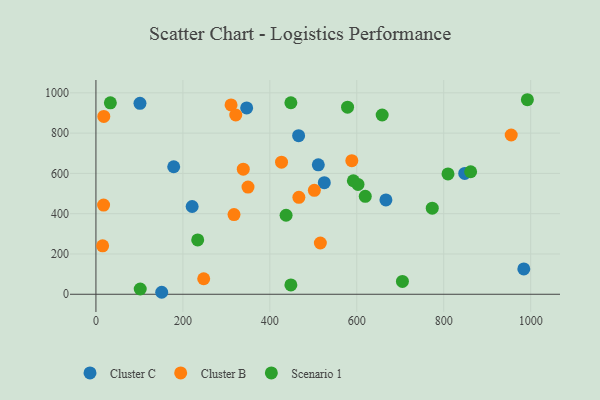
{"axis": {"x": "Engine Size", "y": "Rating"}, "legend": ["Cluster B", "Cluster C", "Scenario 1"], "data": [{"x": "178.9", "y": 633.1, "type": "Cluster C"}, {"x": "984.2", "y": 125.5, "type": "Cluster C"}, {"x": "101.3", "y": 947.9, "type": "Cluster C"}, {"x": "667.0", "y": 468.3, "type": "Cluster C"}, {"x": "221.3", "y": 435.6, "type": "Cluster C"}, {"x": "466.2", "y": 787.2, "type": "Cluster C"}, {"x": "151.3", "y": 9.8, "type": "Cluster C"}, {"x": "511.5", "y": 642.8, "type": "Cluster C"}, {"x": "525.3", "y": 553.8, "type": "Cluster C"}, {"x": "346.7", "y": 925.1, "type": "Cluster C"}, {"x": "848.3", "y": 599.7, "type": "Cluster C"}, {"x": "588.6", "y": 663.2, "type": "Cluster B"}, {"x": "466.8", "y": 481.4, "type": "Cluster B"}, {"x": "502.4", "y": 515.8, "type": "Cluster B"}, {"x": "18.1", "y": 882.7, "type": "Cluster B"}, {"x": "310.8", "y": 940.1, "type": "Cluster B"}, {"x": "321.6", "y": 890.0, "type": "Cluster B"}, {"x": "426.9", "y": 655.6, "type": "Cluster B"}, {"x": "516.2", "y": 254.4, "type": "Cluster B"}, {"x": "955.2", "y": 790.6, "type": "Cluster B"}, {"x": "247.9", "y": 76.9, "type": "Cluster B"}, {"x": "317.6", "y": 395.8, "type": "Cluster B"}, {"x": "15.4", "y": 240.3, "type": "Cluster B"}, {"x": "338.9", "y": 621.2, "type": "Cluster B"}, {"x": "17.6", "y": 442.9, "type": "Cluster B"}, {"x": "349.8", "y": 532.3, "type": "Cluster B"}, {"x": "33.2", "y": 950.4, "type": "Scenario 1"}, {"x": "437.4", "y": 392.2, "type": "Scenario 1"}, {"x": "602.8", "y": 545.3, "type": "Scenario 1"}, {"x": "578.8", "y": 928.8, "type": "Scenario 1"}, {"x": "861.9", "y": 608.1, "type": "Scenario 1"}, {"x": "101.9", "y": 26.0, "type": "Scenario 1"}, {"x": "705.0", "y": 63.7, "type": "Scenario 1"}, {"x": "448.4", "y": 950.9, "type": "Scenario 1"}, {"x": "619.5", "y": 486.0, "type": "Scenario 1"}, {"x": "234.1", "y": 269.9, "type": "Scenario 1"}, {"x": "658.4", "y": 889.9, "type": "Scenario 1"}, {"x": "448.4", "y": 46.3, "type": "Scenario 1"}, {"x": "809.8", "y": 597.3, "type": "Scenario 1"}, {"x": "773.6", "y": 427.3, "type": "Scenario 1"}, {"x": "592.1", "y": 563.6, "type": "Scenario 1"}, {"x": "992.4", "y": 965.8, "type": "Scenario 1"}]}